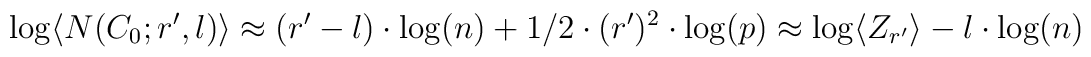
\log\langle  N(C_0;r',l)\rangle\approx(r'-l)\cdot\log(n)+1/2\cdot (r')^2\cdot\log(p)\approx \log\langle Z_{r'}\rangle-l\cdot\log(n)